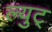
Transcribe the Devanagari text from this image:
ल्युट्